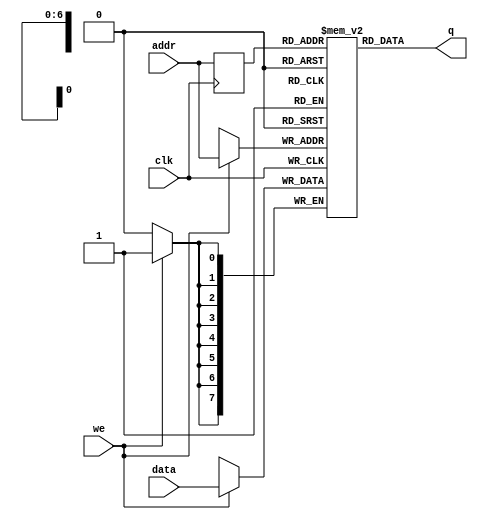
module jt51_fir_ram 
#(parameter data_width=8, parameter addr_width=7)
(
	input [(data_width-1):0] data,
	input [(addr_width-1):0] addr,
	input we, clk,
	output [(data_width-1):0] q
);

(* ramstyle = "no_rw_check" *) reg [data_width-1:0] ram[2**addr_width-1:0];

	reg [addr_width-1:0] addr_reg;

	always @ (posedge clk) begin
		if (we)
			ram[addr] <= data;
		addr_reg <= addr;
	end
	
	assign q = ram[addr_reg];
endmodule